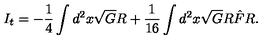
I _ { t } = - \frac { 1 } { 4 } \int d ^ { 2 } x \sqrt { G } R + \frac { 1 } { 1 6 } \int d ^ { 2 } x \sqrt { G } R \hat { F } R .